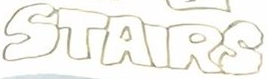
STAIRS